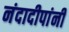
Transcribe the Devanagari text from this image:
नंदादीपांनी